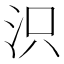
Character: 𣲵